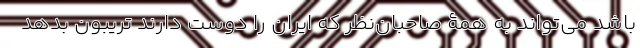
باشد می‌تواند به همۀ صاحبان‌نظر که ایران را دوست دارند تریبون بدهد